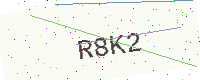
Text: R8K2